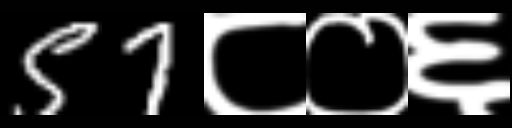
Text: 57८०६